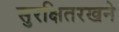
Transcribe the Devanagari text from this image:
सुरक्षितरखने